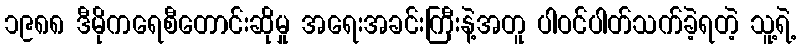
၁၉၈၈ ဒီမိုကရေစီတောင်းဆိုမှု အရေးအခင်းကြီးနဲ့အတူ ပါဝင်ပါတ်သက်ခဲ့ရတဲ့ သူ့ရဲ့